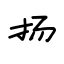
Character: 扬